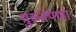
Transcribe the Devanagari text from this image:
पुख्तेपणा